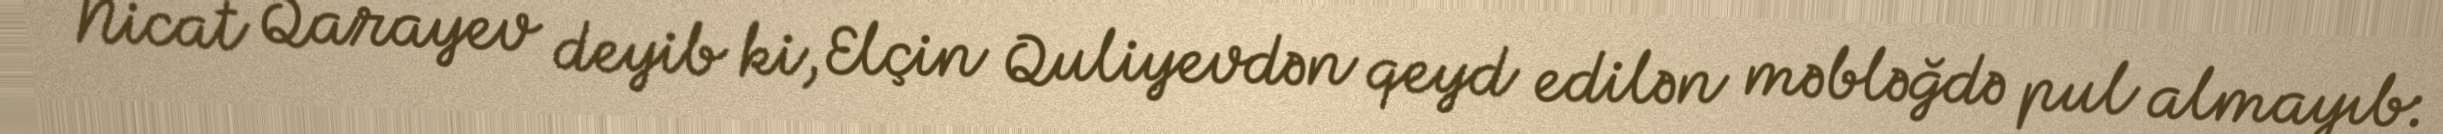
Nicat Qarayev deyib ki, Elçin Quliyevdən qeyd edilən məbləğdə pul almayıb: